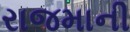
રાજમાની